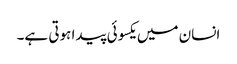
انسان میں یکسوئی پیدا ہوتی ہے۔